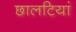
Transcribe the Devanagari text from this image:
छालटियां